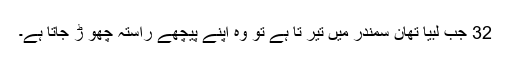
32 جب لبیا تھان سمندر میں تیر تا ہے تو وہ اپنے پیچھے راستہ چھو ڑ جاتا ہے۔